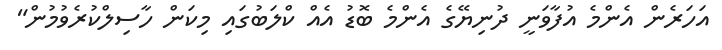
އަހަރެން އެންމެ އުފާވަނީ ދުނިޔޭގެ އެންމެ ބޮޑު އެއް ކްލަބުގައި މިކަން ހާސިލްކުރެވުމުން"